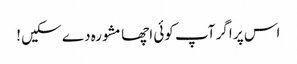
اس پر اگر آپ کوئی اچھا مشورہ دے سکیں !